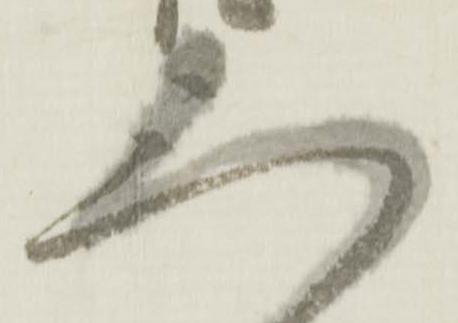
三